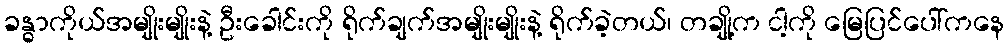
ခန္ဓာကိုယ်အမျိုးမျိုးနဲ့ ဦးခေါင်းကို ရိုက်ချက်အမျိုးမျိုးနဲ့ ရိုက်ခဲ့တယ်၊ တချို့က ငါ့ကို မြေပြင်ပေါ်ကနေ